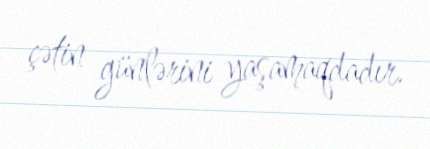
çətin günlərini yaşamaqdadır.